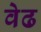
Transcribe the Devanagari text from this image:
वेढ